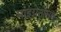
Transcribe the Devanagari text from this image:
माइग्रेनोसस